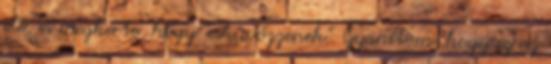
elé, és megkérte, hogy "esküvőzzenek". Gyanítom, hogy ez az